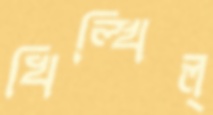
খিল্‌খিল্‌